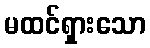
မထင်ရှားသော